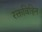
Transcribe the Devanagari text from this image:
रक्तविहिन